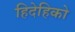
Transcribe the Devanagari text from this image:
हिदेहिको